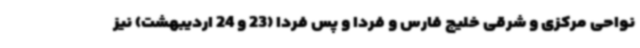
نواحی مرکزی و شرقی خلیج فارس و فردا و پس فردا (23 و 24 اردیبهشت) نیز